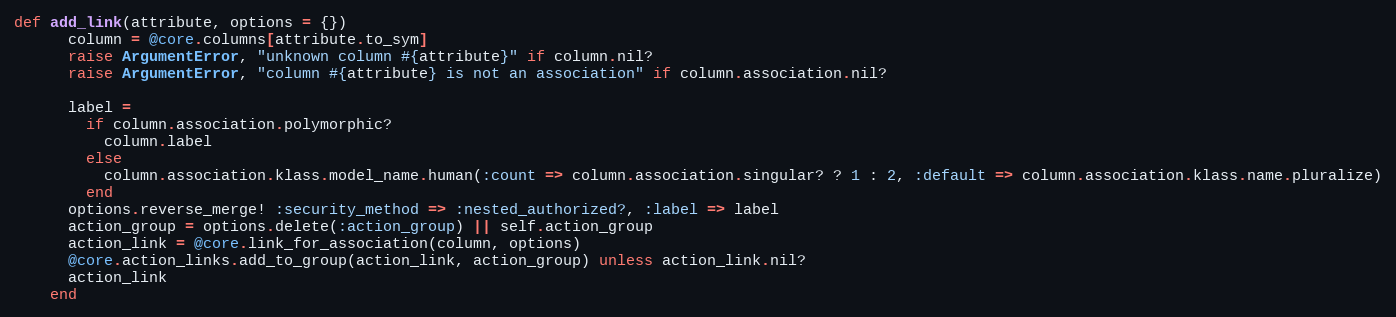
Language: Ruby
def add_link(attribute, options = {})
      column = @core.columns[attribute.to_sym]
      raise ArgumentError, "unknown column #{attribute}" if column.nil?
      raise ArgumentError, "column #{attribute} is not an association" if column.association.nil?

      label =
        if column.association.polymorphic?
          column.label
        else
          column.association.klass.model_name.human(:count => column.association.singular? ? 1 : 2, :default => column.association.klass.name.pluralize)
        end
      options.reverse_merge! :security_method => :nested_authorized?, :label => label
      action_group = options.delete(:action_group) || self.action_group
      action_link = @core.link_for_association(column, options)
      @core.action_links.add_to_group(action_link, action_group) unless action_link.nil?
      action_link
    end